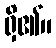
ရှိ၏။